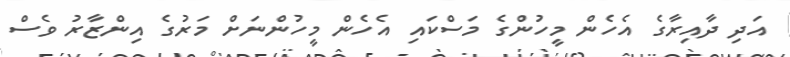
އަދި ދާއިރާގެ އެހެން މީހުންގެ މަސްކައި އެހެން މީހުންނަށް މަރުގެ އިންޒާރު ވެސް